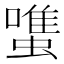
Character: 𧐌